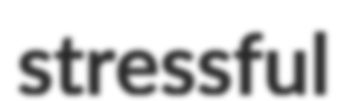
stressful